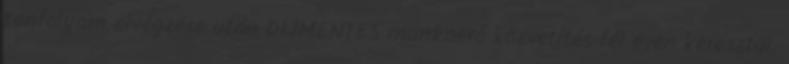
tanfolyam elvégzése után DÍJMENTES munkaerő közvetítés fél éven keresztül.